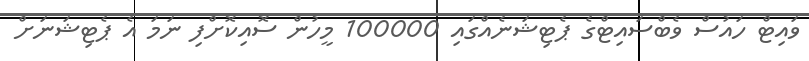
ވައިޓް ހައުސް ވެބްސައިޓްގެ ޕެޓިޝަނެއްގައި 100000 މީހުން ސޮއިކޮށްފި ނަމަ އެ ޕެޓިޝަނަށް